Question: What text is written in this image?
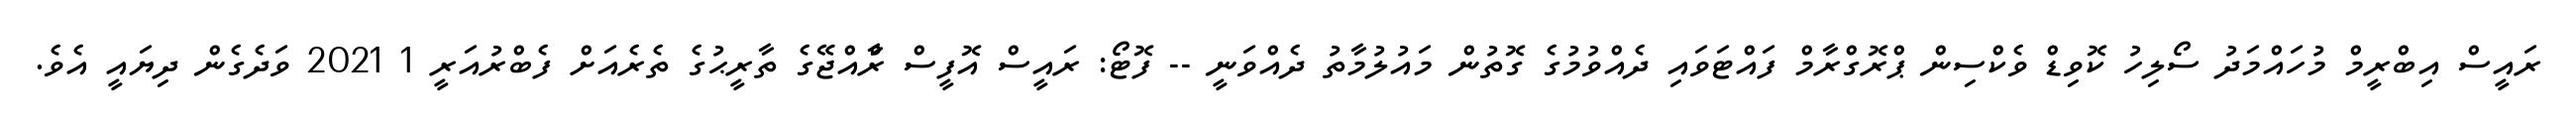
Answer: ރައީސް އިބްރީމް މުހައްމަދު ސޯލިހު ކޮވިޑް ވެކްސިން ޕްރޮގްރާމް ފައްޓަވައި ދެއްވުމުގެ ގޮތުން މައުލުމާތު ދެއްވަނީ -- ފޮޓޯ: ރައީސް އޮފީސް ރާްއްޖޭގެ ތާރީޙުގެ ތެރެއަށް ފެބްރުއަރީ 1 2021 ވަދެގެން ދިޔައީ އެވެ.